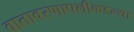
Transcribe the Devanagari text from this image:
वातावरणापलीकडल्या